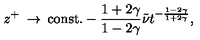
z ^ { + } \: \rightarrow \: \mathrm { c o n s t . } - \frac { 1 + 2 \gamma } { 1 - 2 \gamma } \tilde { \nu } t ^ { - \frac { 1 - 2 \gamma } { 1 + 2 \gamma } } ,